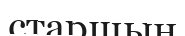
старшын